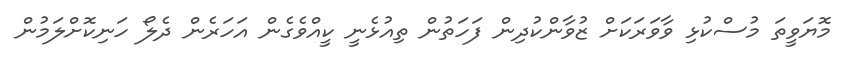
މޮޔަވީތަ މުސްކުޅި ވާވަރަކަށް ޒުވާންކުދިން ފަހަތުން ތިއުޅެނީ ކީއްވެގެން އަހަރެން ދެލޯ ހަނިކޮށްލަމުން